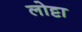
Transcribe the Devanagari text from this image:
लोट्टा